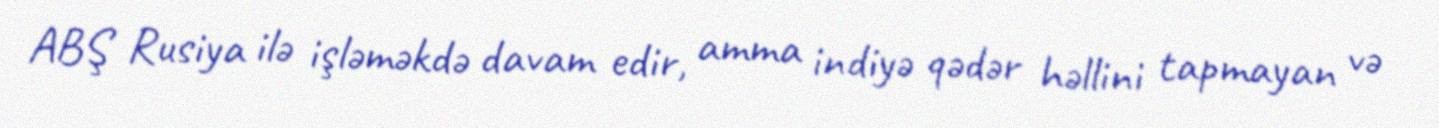
ABŞ Rusiya ilə işləməkdə davam edir, amma indiyə qədər həllini tapmayan və